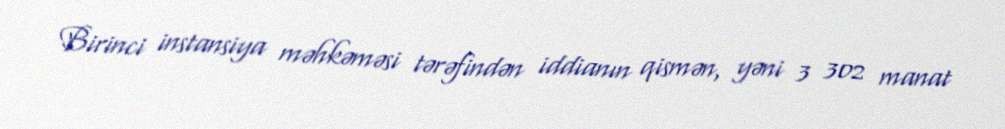
Birinci instansiya məhkəməsi tərəfindən iddianın qismən, yəni 3 302 manat